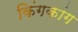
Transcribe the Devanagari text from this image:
किंगकांग